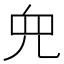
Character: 𫤘